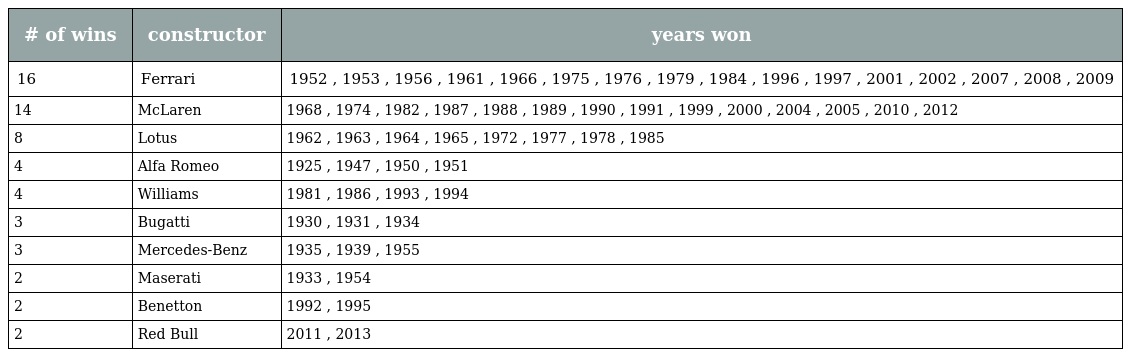
| # of wins | constructor | years won |
 | --- | --- | --- |
 | 16 | Ferrari | 1952 , 1953 , 1956 , 1961 , 1966 , 1975 , 1976 , 1979 , 1984 , 1996 , 1997 , 2001 , 2002 , 2007 , 2008 , 2009 |
 | 14 | McLaren | 1968 , 1974 , 1982 , 1987 , 1988 , 1989 , 1990 , 1991 , 1999 , 2000 , 2004 , 2005 , 2010 , 2012 |
 | 8 | Lotus | 1962 , 1963 , 1964 , 1965 , 1972 , 1977 , 1978 , 1985 |
 | 4 | Alfa Romeo | 1925 , 1947 , 1950 , 1951 |
 | 4 | Williams | 1981 , 1986 , 1993 , 1994 |
 | 3 | Bugatti | 1930 , 1931 , 1934 |
 | 3 | Mercedes-Benz | 1935 , 1939 , 1955 |
 | 2 | Maserati | 1933 , 1954 |
 | 2 | Benetton | 1992 , 1995 |
 | 2 | Red Bull | 2011 , 2013 |